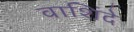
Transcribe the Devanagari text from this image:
वाशिंदे